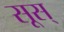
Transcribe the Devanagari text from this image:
सूस्